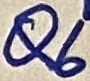
Text: Q6